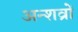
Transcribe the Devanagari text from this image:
अन्शव्रों